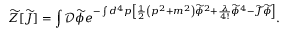
{ \widetilde { Z } } [ { \widetilde { J } } ] = \int { \mathcal { D } } { \widetilde { \phi } } e ^ { - \int d ^ { 4 } p \left[ { \frac { 1 } { 2 } } \left( p ^ { 2 } + m ^ { 2 } \right) { \widetilde { \phi } } ^ { 2 } + { \frac { \lambda } { 4 ! } } { \widetilde { \phi } } ^ { 4 } - { \widetilde { J } } { \widetilde { \phi } } \right] } .